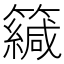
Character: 𥶳